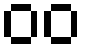
၀၀